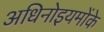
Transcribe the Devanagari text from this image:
अधिनोइयमोंके